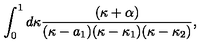
\int _ { 0 } ^ { 1 } d \kappa { \frac { ( \kappa + \alpha ) } { ( \kappa - a _ { 1 } ) ( \kappa - \kappa _ { 1 } ) ( \kappa - \kappa _ { 2 } ) } } ,